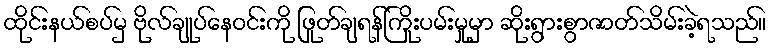
ထိုင်းနယ်စပ်မှ ဗိုလ်ချုပ်နေဝင်းကို ဖြုတ်ချရန်ကြိုးပမ်းမှုမှာ ဆိုးရွားစွာဇာတ်သိမ်းခဲ့ရသည်။